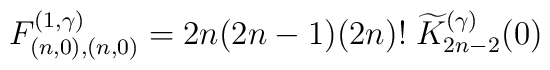
F^{(1,\gamma)}_{(n,0),(n,0)}=2n(2n-1)(2n)!\;\widetilde{K}^{(\gamma)}_{2n-2}(0)